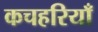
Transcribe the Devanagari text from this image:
कचहरियाँ